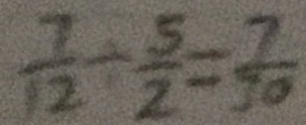
\frac { 7 } { 1 2 } \div \frac { 5 } { 2 } = \frac { 7 } { 3 0 }